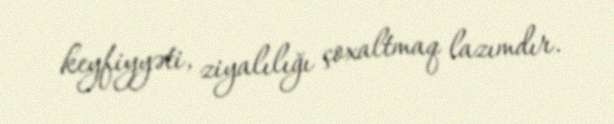
keyfiyyəti, ziyalılığı çoxaltmaq lazımdır.